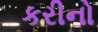
કરીનો